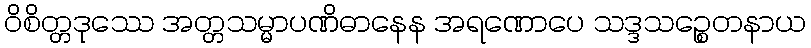
ဝိစိတ္တဒုဿေ အတ္တသမ္မာပဏိဓာနေန အရဏောပေ သဒ္ဒသဉ္စေတနာယ